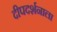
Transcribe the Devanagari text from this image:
दीपदर्शनाला